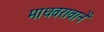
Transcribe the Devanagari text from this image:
माधवरावानें